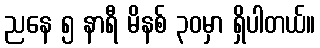
ညနေ ၅ နာရီ မိနစ် ၃၀မှာ ရှိပါတယ်။